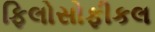
ફિલોસોફીકલ